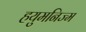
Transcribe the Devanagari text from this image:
हयुमनिज्म